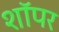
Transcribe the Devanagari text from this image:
शॉपर